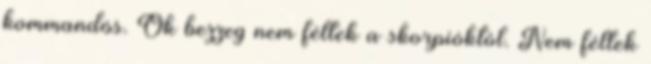
kommandós. Ők bezzeg nem féltek a skorpióktól. Nem féltek